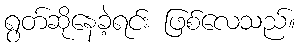
ရွတ်ဆိုနေခဲ့ရင်း ဖြစ်လေသည်။